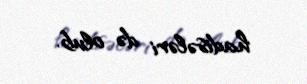
hadisələri də olub.